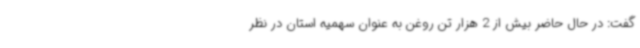
گفت: در حال حاضر بیش از 2 هزار تن روغن به عنوان سهمیه استان در نظر